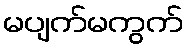
မပျက်မကွက်